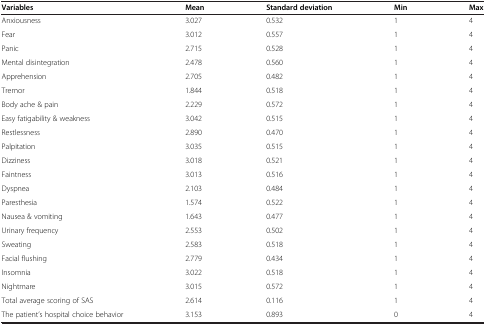
<table><thead><tr><td><b>Variables</b></td><td><b>Mean</b></td><td><b>Standard deviation</b></td><td><b>Min</b></td><td><b>Max</b></td></tr></thead><tbody><tr><td>Anxiousness</td><td>3.027</td><td>0.532</td><td>1</td><td>4</td></tr><tr><td>Fear</td><td>3.012</td><td>0.557</td><td>1</td><td>4</td></tr><tr><td>Panic</td><td>2.715</td><td>0.528</td><td>1</td><td>4</td></tr><tr><td>Mental disintegration</td><td>2.478</td><td>0.560</td><td>1</td><td>4</td></tr><tr><td>Apprehension</td><td>2.705</td><td>0.482</td><td>1</td><td>4</td></tr><tr><td>Tremor</td><td>1.844</td><td>0.518</td><td>1</td><td>4</td></tr><tr><td>Body ache &amp; pain</td><td>2.229</td><td>0.572</td><td>1</td><td>4</td></tr><tr><td>Easy fatigability &amp; weakness</td><td>3.042</td><td>0.515</td><td>1</td><td>4</td></tr><tr><td>Restlessness</td><td>2.890</td><td>0.470</td><td>1</td><td>4</td></tr><tr><td>Palpitation</td><td>3.035</td><td>0.515</td><td>1</td><td>4</td></tr><tr><td>Dizziness</td><td>3.018</td><td>0.521</td><td>1</td><td>4</td></tr><tr><td>Faintness</td><td>3.013</td><td>0.516</td><td>1</td><td>4</td></tr><tr><td>Dyspnea</td><td>2.103</td><td>0.484</td><td>1</td><td>4</td></tr><tr><td>Paresthesia</td><td>1.574</td><td>0.522</td><td>1</td><td>4</td></tr><tr><td>Nausea &amp; vomiting</td><td>1.643</td><td>0.477</td><td>1</td><td>4</td></tr><tr><td>Urinary frequency</td><td>2.553</td><td>0.502</td><td>1</td><td>4</td></tr><tr><td>Sweating</td><td>2.583</td><td>0.518</td><td>1</td><td>4</td></tr><tr><td>Facial flushing</td><td>2.779</td><td>0.434</td><td>1</td><td>4</td></tr><tr><td>Insomnia</td><td>3.022</td><td>0.518</td><td>1</td><td>4</td></tr><tr><td>Nightmare</td><td>3.015</td><td>0.572</td><td>1</td><td>4</td></tr><tr><td>Total average scoring of SAS</td><td>2.614</td><td>0.116</td><td>1</td><td>4</td></tr><tr><td>The patient’s hospital choice behavior</td><td>3.153</td><td>0.893</td><td>0</td><td>4</td></tr></tbody></table>